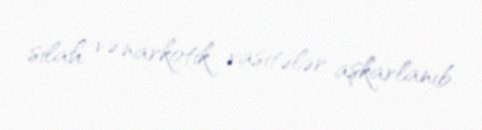
silah və narkotik vasitələr aşkarlanıb.